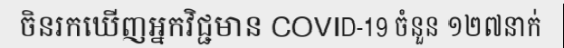
ចិនរកឃើញអ្នកវិជ្ជមាន COVID-19 ចំនួន ១២៧នាក់